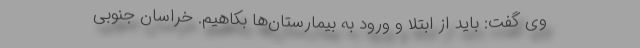
وی گفت: باید از ابتلا و ورود به بیمارستان‌ها بکاهیم. خراسان جنوبی